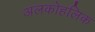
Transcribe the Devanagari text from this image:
अलकोहलिक